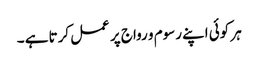
ہر کوئی اپنے رسوم و رواج پر عمل کرتا ہے ۔